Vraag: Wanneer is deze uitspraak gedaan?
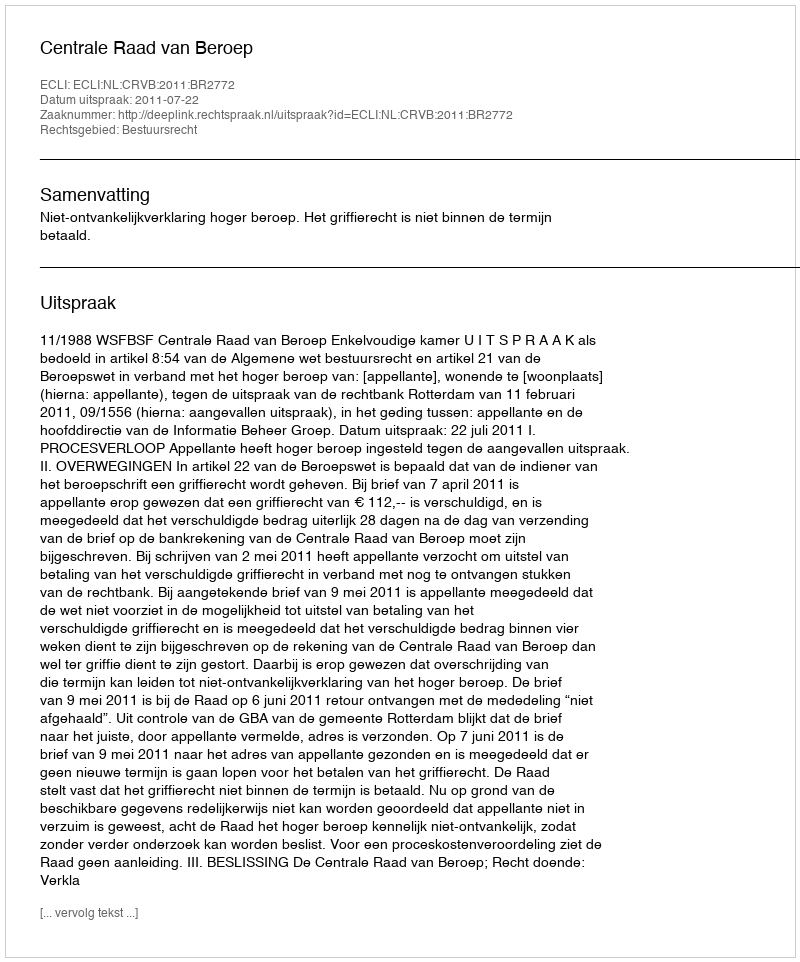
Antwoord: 2011-07-22